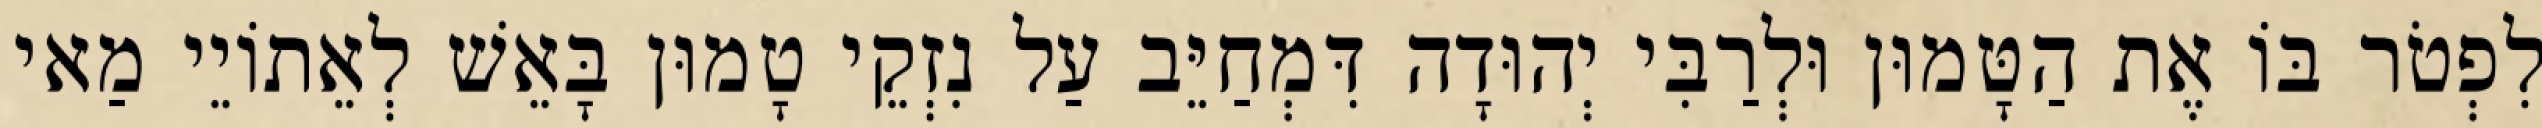
לִפְטֹר בּוֹ אֶת הַטָּמוּן וּלְרַבִּי יְהוּדָה דִּמְחַיֵּב עַל נִזְקֵי טָמוּן בָּאֵשׁ לְאֵתוֹיֵי מַאי